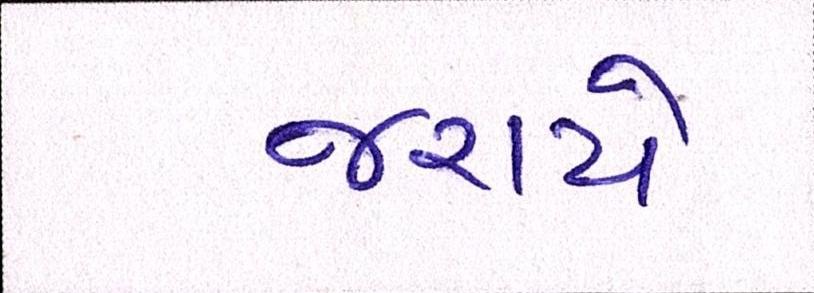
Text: જરાયે